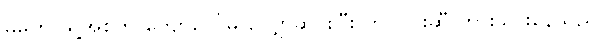
မိမိက သူ့အစ်ကို ကျောပေါ်မှ လျှောဆင်းပြီး တင်ဝင်းဆီ တွားသွားနေသည်။